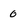
Character: 0